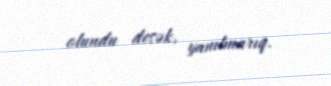
olundu desək, yanılmarıq.